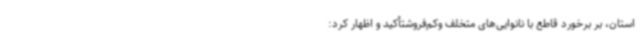
استان، بر برخورد قاطع با نانوایی‌های متخلف وکم‌فروشتأکید و اظهار کرد: